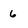
Character: 6